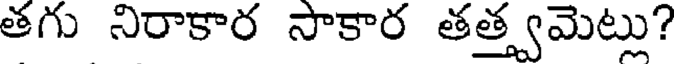
తగు నిరాకార సాకార తత్త్వమెట్లు?